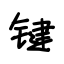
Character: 键